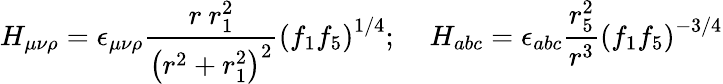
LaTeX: H_{\mu\nu\rho}=\epsilon_{\mu\nu\rho}\frac{r~r_{1}^{2}}{\left(r^{2}+r_{1}^{2}\right)^{2}}\left(f_{1}f_{5}\right)^{1/4};\; \; \; \; H_{abc}=\epsilon_{abc}\frac{r_{5}^{2}}{r^{3}}\left(f_{1}f_{5}\right)^{-3/4}